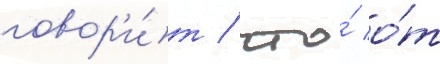
говор'и́т / что́ о́т